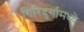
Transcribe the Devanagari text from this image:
गिरिदुर्गामध्ये